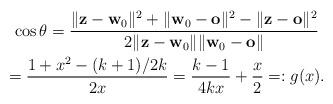
LaTeX: \begin{gather*}\cos \theta=\frac{\|\mathbf z-\mathbf w_0\|^2+\|\mathbf w_0-\mathbf o\|^2-\|\mathbf z-\mathbf o\|^2}{2\|\mathbf z-\mathbf w_0\|\|\mathbf w_0-\mathbf o\|}\\=\frac{1+x^2-(k+1)/2k}{2x}=\frac{k-1}{4kx}+\frac{x}{2}=:g(x).\end{gather*}